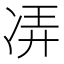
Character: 𫥌